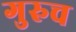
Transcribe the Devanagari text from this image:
गुरुच